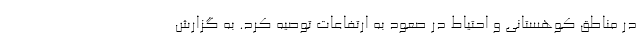
در مناطق کوهستانی و احتیاط در صعود به ارتفاعات توصیه کرد. به گزارش